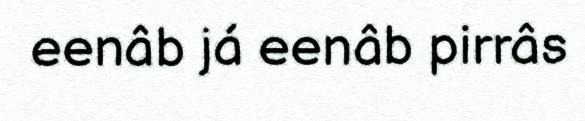
eenâb já eenâb pirrâs